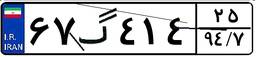
۶۷گ۴۱۴۲۵